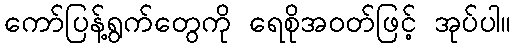
ကော်ပြန့်ရွက်တွေကို ရေစိုအဝတ်ဖြင့် အုပ်ပါ။